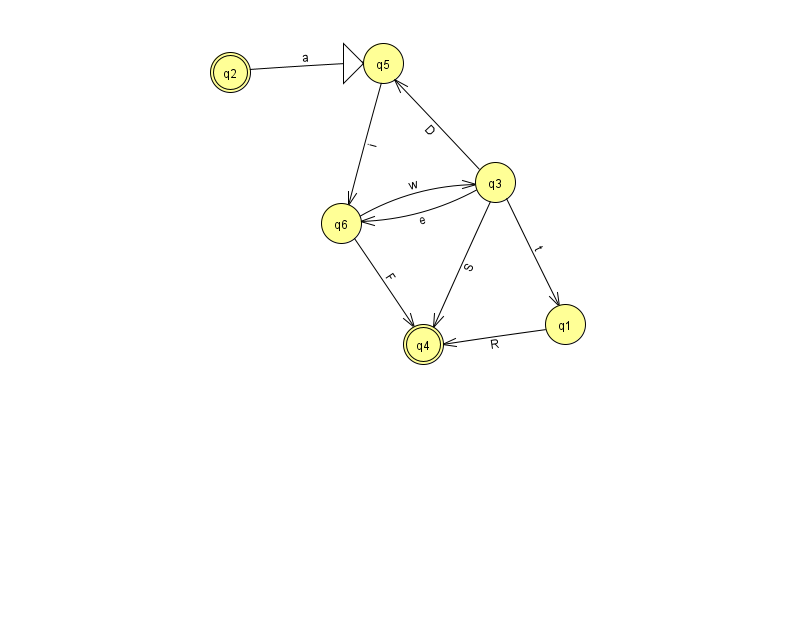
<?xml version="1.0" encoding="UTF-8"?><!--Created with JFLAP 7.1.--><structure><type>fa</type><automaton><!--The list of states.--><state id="1" name="q1"><x>565.0</x><y>311.0</y></state><state id="2" name="q2"><x>230.0</x><y>59.0</y><final/></state><state id="3" name="q3"><x>495.0</x><y>169.0</y></state><state id="4" name="q4"><x>423.0</x><y>331.0</y><final/></state><state id="5" name="q5"><x>383.0</x><y>50.0</y><initial/></state><state id="6" name="q6"><x>341.0</x><y>210.0</y></state><!--The list of transitions.--><transition><from>2</from><to>5</to><read>a</read></transition><transition><from>3</from><to>4</to><read>S</read></transition><transition><from>3</from><to>6</to><read>e</read></transition><transition><from>6</from><to>3</to><read>w</read></transition><transition><from>1</from><to>4</to><read>R</read></transition><transition><from>3</from><to>1</to><read>t</read></transition><transition><from>3</from><to>5</to><read>D</read></transition><transition><from>5</from><to>6</to><read>i</read></transition><transition><from>6</from><to>4</to><read>F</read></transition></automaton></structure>